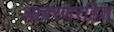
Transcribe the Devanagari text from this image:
आवरणरहित